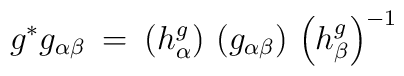
g^* g_{\alpha \beta} \: = \: \left( h^g_{\alpha} \right) \,\left( g_{\alpha \beta} \right) \, \left( h^g_{\beta} \right)^{-1}